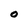
Character: O